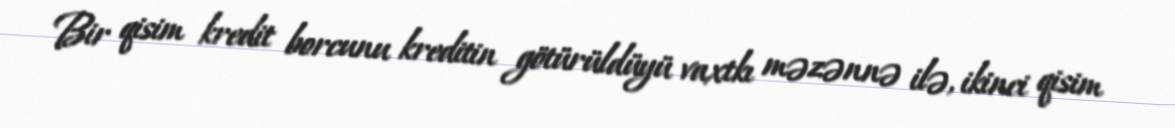
Bir qisim kredit borcunu kreditin götürüldüyü vaxtkı məzənnə ilə, ikinci qisim